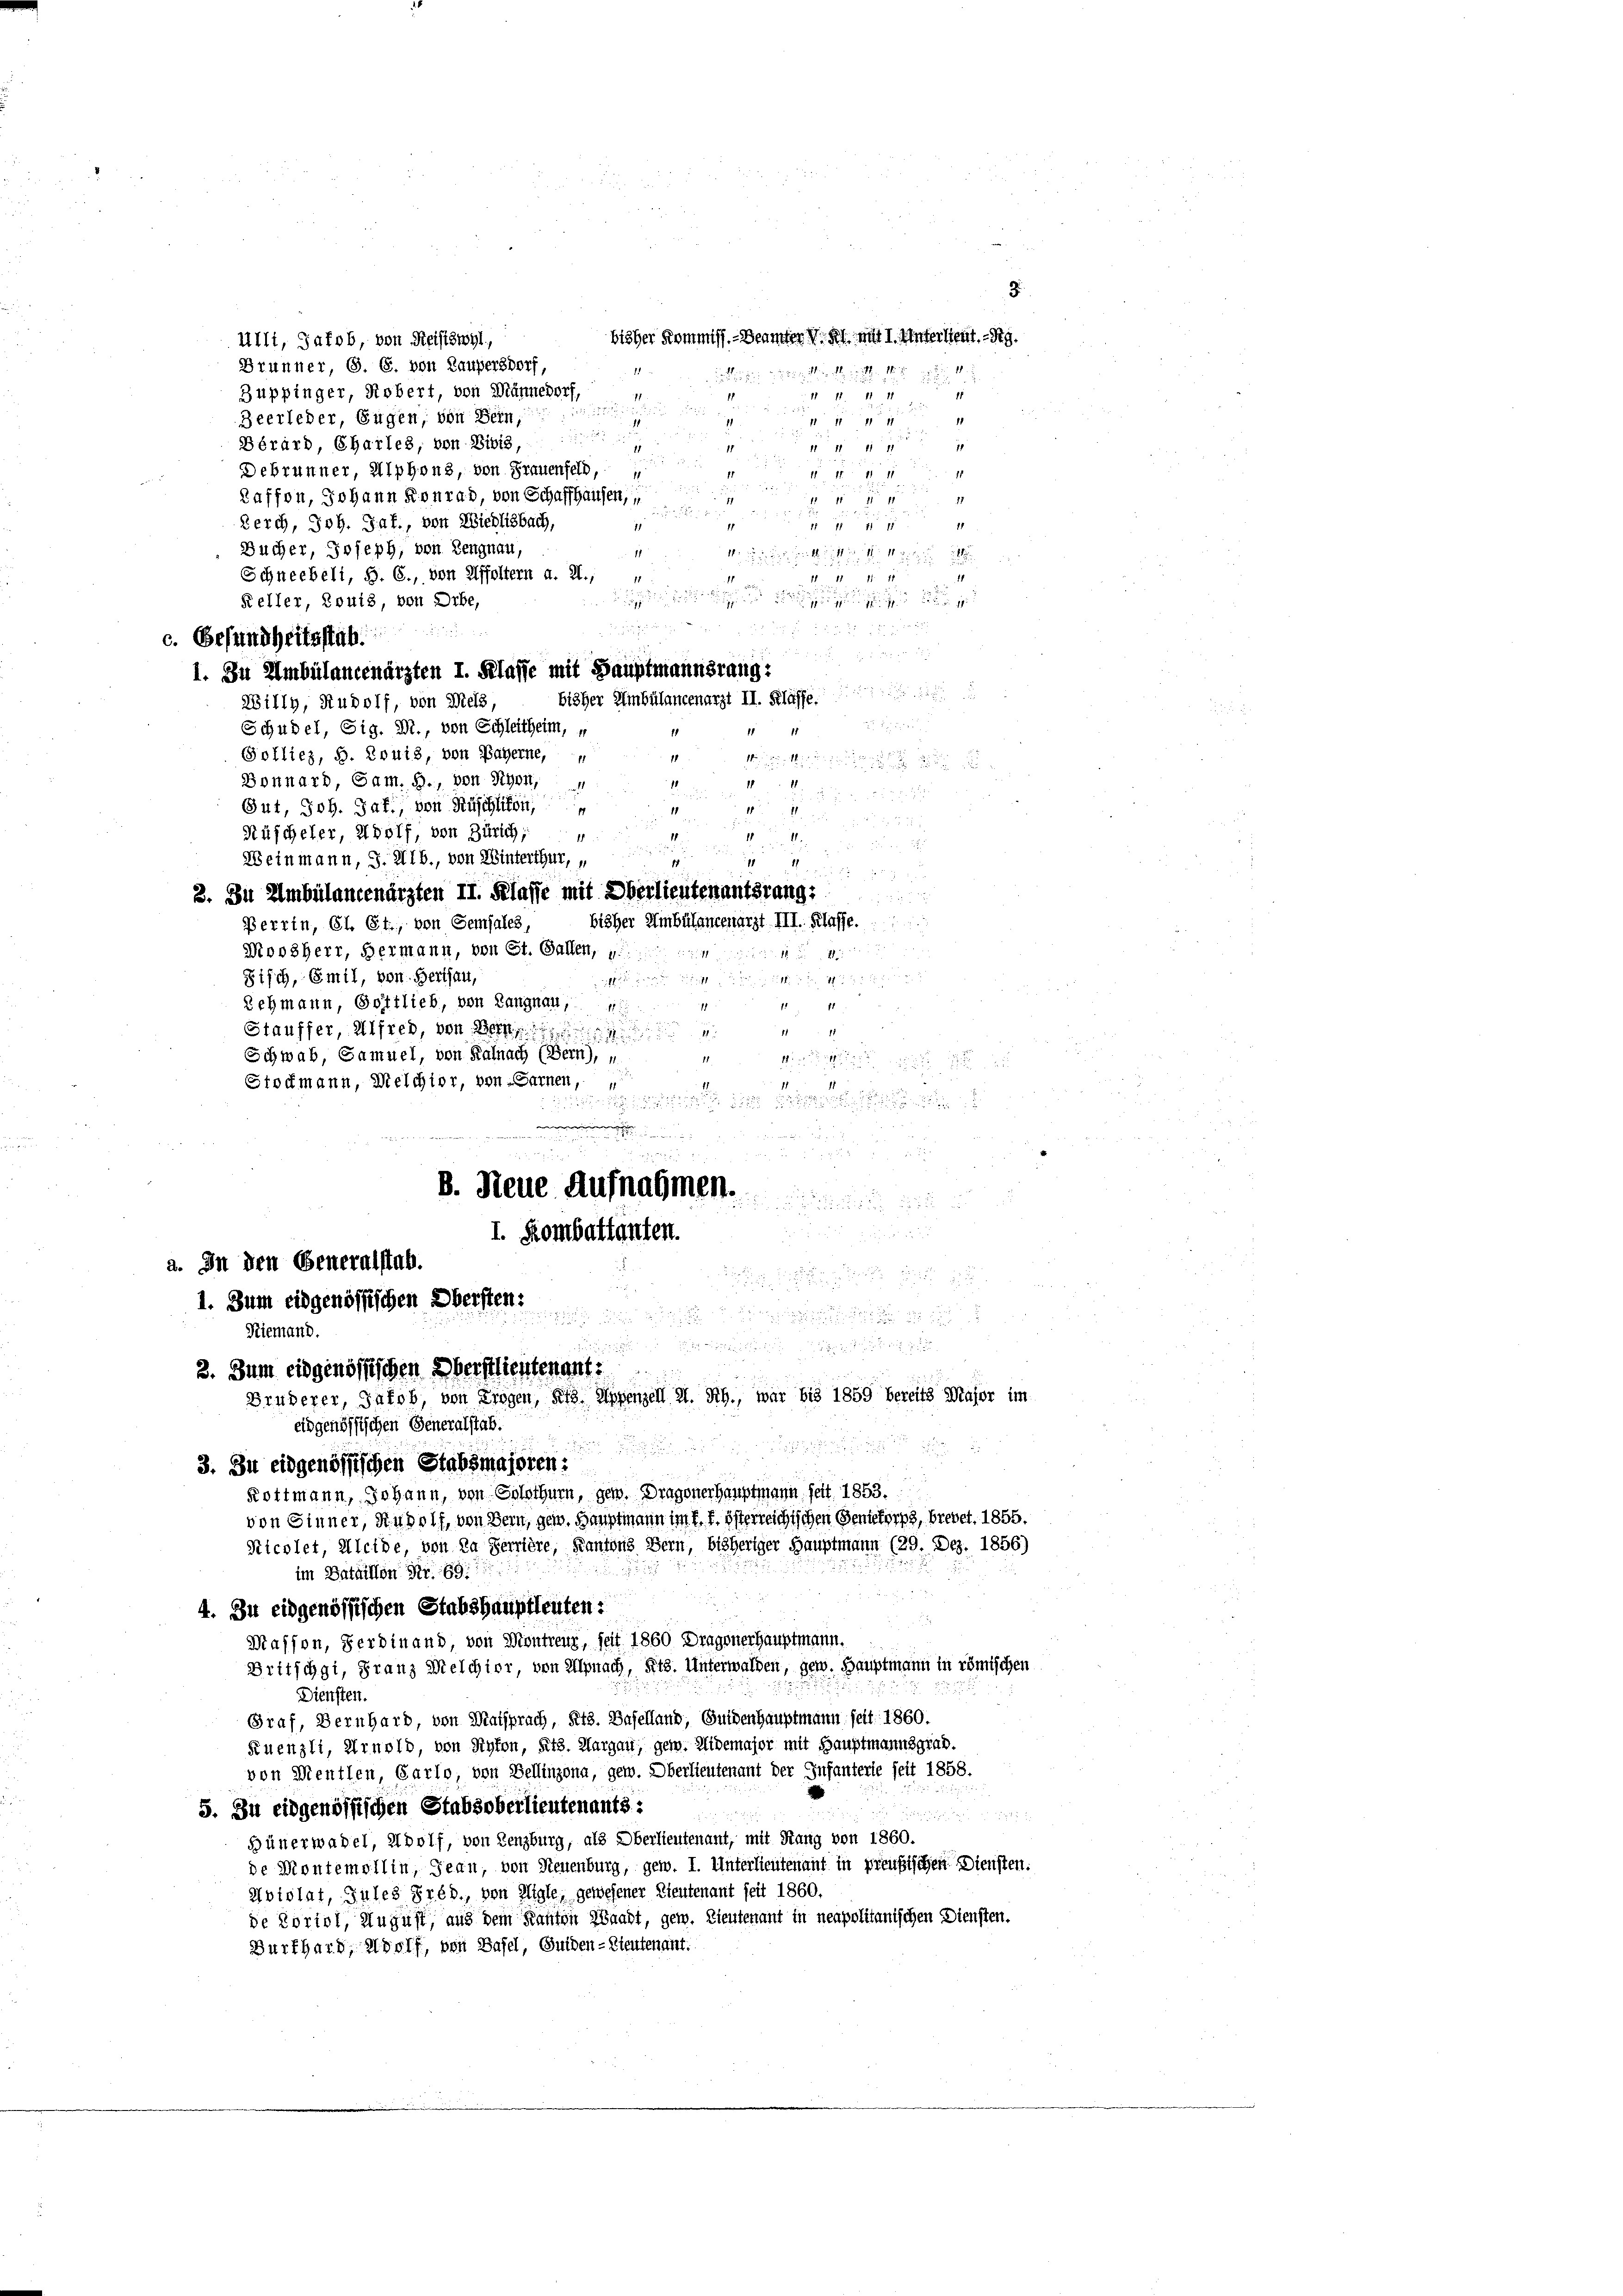
ulli, Jakob, von Reisiswyl,
Brunner, S. C. von Laupersdorf,
Zuppinger, Robert, von Männedorf,
11
11 141
18

Zeerleder, Eugen, von Sein,
11
1
1

u

Bérard, Charles, von Bibis,
 111 7
11
1
1

111 147
Debrunner, Alphons, von Frauenfeld,
11
e
Kaffen, Johann Konrad, von Schaffhausen,

17
1
e
a
1
Berch, Joh. Jaf., von Wiedlisbach,
e
1
Bucher, Joseph, von Sengnau,
1
v. l. M. v. M
Schneebeli, S. 6., von Affoltern a. a.;
11
2111 11 11
 a

Keller, Louis, von Debe,
de

c. Gesundheitsstat

1. Zu Ambülancenärzten I. Klasse mit Hauptmannsrang:
Willy, Rudolf, von Meis,

Schudel, Sig. M., von Schleitheim,
11
Polliez, S. Zwuis, von Bayerne,
1

Bonnard, Gam. S., von Schon,

Gut, Joh. Jaf., von Rüschlikon,
inden der der Standen zuständig
11
Rüscheler, Adolf, von Zürich, 4
.
Weinmann, J. HIb., von Winterthur,
2. Zu Ambülancenärzten II. Klaffe mit Oberlieutenantsrang
2 x 2 x
Perrin, Cl. Ct., von Gemjales,
Movsherr, Hermann, von St. Gallen,
Sifch, Emil, von Herisau,
Lehmann, Gottlieb, von Langnau,
1
1
e
Stauffer, Alfred, den Wort
11
Schwab, Samuel, von Kalnach (Bern), u
11
M

Stockmann, Melchior, von Sarnen,
1
11

.

12
751 f

B. Neue Aufnahmen.
1
7
 xx
I. Kombattanten.
a. In den Generalstab.

1. Zum eidgenössischen Obersten:

Niemand.

 x
2. Zum eidgenössischen Oberflientenant:
d
Bruderer, Jakob, von Liegen, als Appenzell A. Rh., war bis 1859 bereits Major im
eidgenössischen Generalstab.

3. Zu eidgenössischen Stabsmajoren:
Rottmann, Johann, von Solothurn, gen. Dragoner Hauptmann felt 1853.
von Sinner, Rudolf, von Bern, gen. Hauptmann im k. k. österreichischen Genieforps, brevet. 1855.
Nicolet, Kleide, von Da Serrière, Kantons Bern, bisheriger Hauptmann (29. Dez. 1856)
im Bataillon Nr. 69:
4. Zu eidgenössischen Stabshauptleuten:
Masson, Ferdinand, von Diontreur, seit 1860 Dragonerhauptmann.
Britschgi, Franz Melchior, von Alpnach, Kts. Unterwalden, gen. Hauptmann in römischen
Diensten.
Graf, Bernhard, von Matsprach, Kts. Baselland, Guidenhauptmann seit 1860.
Fuenzli, Arnold, von Styton, Sitz. Margau, gen. Widemajor mit Hauptmannsgrad.
von Mentlen, Carlo, von Bellinzona, gew. Oberlieutenant der Infanterle seit 1858.
5. Zu eidgenössischen Stabsoberlieutenants:

Hünerwadel, Adolf, von Lenzburg, als Oberlieutenant, mit Rang von 1860.
de Montemollin, Jean, von Neuenburg, gew. I. Unterlieutenauf in preußischen Diensten.
Ubislat, Jules Préb., von Aigle, gewesener Lieutenant seit 1860.
de Koriol, August, aus dem Kanton Waadt, gew. Lieutenant in neapolitanischen Diensten.
Burkhard, Adolf, von Basel, Guiden-Lieutenant.

bisher Kommiss. - Beamter V. Kl. mit I. Unterlieut. - Rg.
1
nleitung der entlich nichten der in de

bisher Ambülancenarzt II. Klaffe

d.
 8
bisher Ambülancenarzt III. Klaffe.
x
d

3